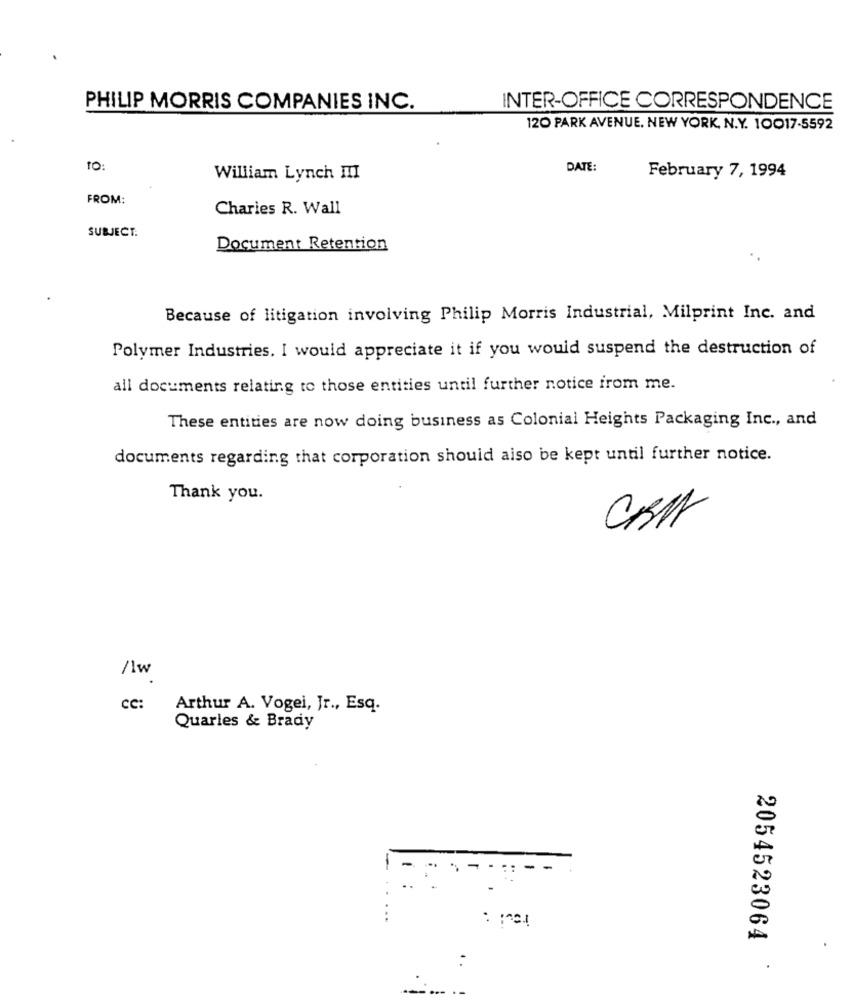
PHILIP MORRIS COMPANIES INC.
INTER-OFFICE CORRESPONDENCE
120 PARK AVENUE, NEW YORK, N.Y. 10017-5592
TO:
DATE:
William Lynch III
February 7, 1994
FROM:
Charies R. Wall
SUBJECT:
Document Retention
Because of litigation involving Philip Morris Industrial, Milprint Inc. and
Polymer Industries. I would appreciate it if you would suspend the destruction of
all documents relating to those entities until further notice from me.
These entities are now doing business as Colonial Heights Packaging Inc ., and
documents regarding that corporation should also be kept until further notice.
Thank you.
CRM
/1w
CC:
Arthur A. Vogel, Jr ., Esq.
Quarles & Brady
2054523064